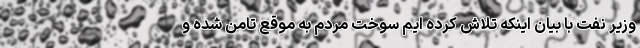
وزیر نفت با بیان اینکه تلاش کرده ایم سوخت مردم به موقع تامن شده و